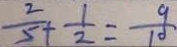
\frac { 2 } { 5 } + \frac { 1 } { 2 } = \frac { 9 } { 1 0 }